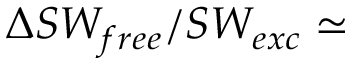
\Delta S W _ { f r e e } / S W _ { e x c } \simeq